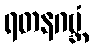
ရတနဂဗ္ဘံ